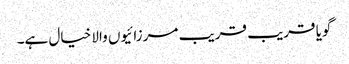
گویا قریب قریب مرزائیوں والا خیال ہے۔